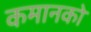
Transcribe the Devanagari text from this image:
कमानको